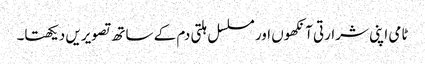
ٹامی اپنی شرارتی آنکھوں اور مسلسل ہلتی دم کے ساتھ تصویریں دیکھتا۔